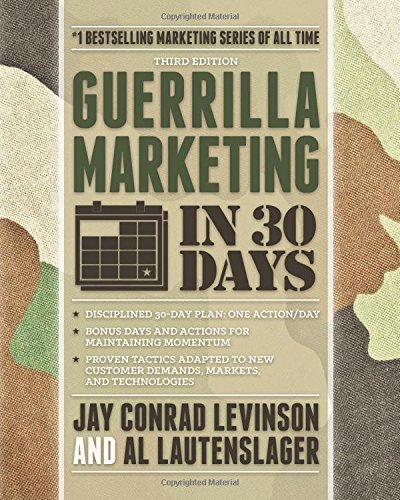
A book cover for Guerrilla Marketing in 30 Days; Al Lautenslager; Business & Money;